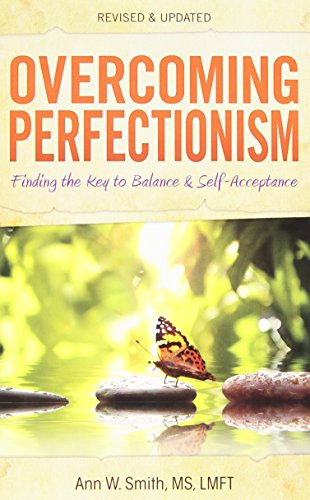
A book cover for Overcoming Perfectionism: Finding the Key to Balance and Self-Acceptance; Ann Smith  MS  LMFT; Self-Help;